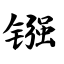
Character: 镪